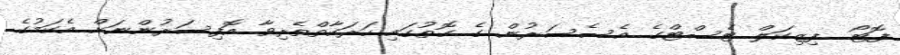
ފޮޓޯ  ފިޒިކަލް ޓެސްޓްގެ އެސެސަރުން ގެ ގޮތުގައި ހަރަކާތްތެރިވާ އޮފިސަރުންނަށް އެކަމުގެ